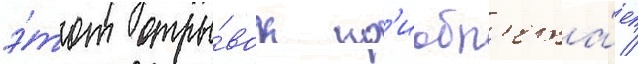
э́тот отры́вок пр'иобр'ета́ет /